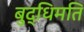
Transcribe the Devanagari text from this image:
बुद्धिमति